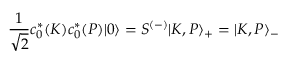
{ \frac { 1 } { \sqrt { 2 } } } c _ { 0 } ^ { \ast } ( K ) c _ { 0 } ^ { \ast } ( P ) | 0 \rangle = S ^ { ( - ) } | K , P \rangle _ { + } = | K , P \rangle _ { - }